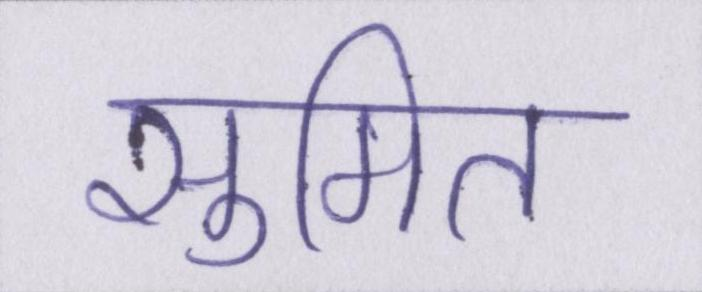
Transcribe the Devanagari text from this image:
सुमित